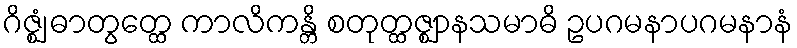
ဂိဇ္ဈံ ဓာတွတ္ထေ ကာလိကန္တိ စတုတ္ထဇ္ဈာနသမာဓိ ဥပဂမနာပဂမနာနံ